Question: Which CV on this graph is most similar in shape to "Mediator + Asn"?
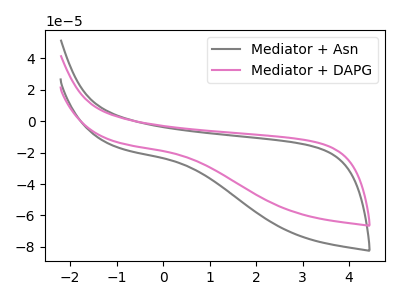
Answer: <think>The gray curve "Mediator + Asn" has no peaks. The pink curve "Mediator + DAPG" has no peaks.
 Neither "Mediator + Asn" or "Mediator + DAPG" have any peaks.</think>
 <answer>The CV with the most similar shape to "Mediator + DAPG" is "Mediator + Asn".</answer>
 <eval>"Mediator + Asn"</eval>